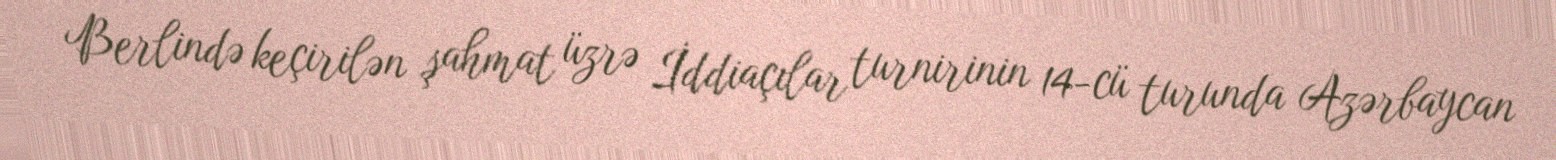
Berlində keçirilən şahmat üzrə İddiaçılar turnirinin 14-cü turunda Azərbaycan